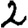
Digit: 2